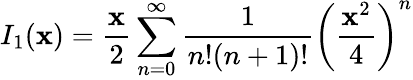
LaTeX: I_{1}(\mathbf{x})=\frac{{\mathbf{x}}}{{2}}\sum_{n=0}^{\infty}\frac{{1}}{{n!(n+1)!}}\left(\frac{{\mathbf{x}^{2}}}{{4}}\right)^{n}